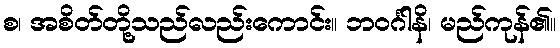
စ၊ အစိတ်တို့သည်လည်းကောင်း။ ဘဝင်္ဂါနိ၊ မည်ကုန်၏။